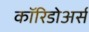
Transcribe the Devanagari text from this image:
कॉरिडोअर्स